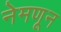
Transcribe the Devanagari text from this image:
नेमणून